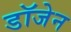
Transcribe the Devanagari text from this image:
डॉजेन